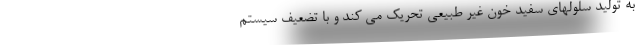
به تولید سلولهای سفید خون غیر طبیعی تحریک می کند و با تضعیف سیستم